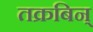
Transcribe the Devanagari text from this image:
तक्रबिन्